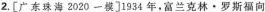
2.[广东珠海2020一模]1934年，富兰克林·罗斯福向